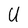
Character: U